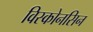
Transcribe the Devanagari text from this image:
विस्कोनसिन